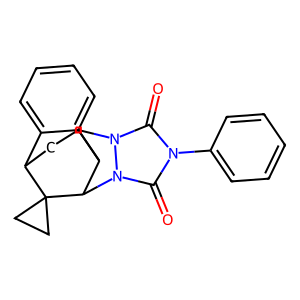
SMILES: O=c1n(-c2ccccc2)c(=O)n2n1C1CC3c4ccccc4C1C2C31CC1
Inhibits HIV replication: No